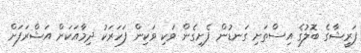
ފަރީޝާގެ ބޮލުގެ އިސްތަށި ގަނޑުން ފެށިގެން ވަކި ވަކިން ފަހަރަކު ދިމާއަކަށް އަޝްރަފަށް